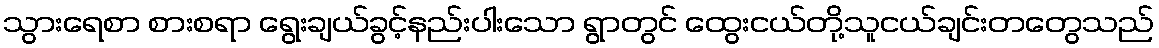
သွားရေစာ စားစရာ ရွေးချယ်ခွင့်နည်းပါးသော ရွာတွင် ထွေးငယ်တို့သူငယ်ချင်းတတွေသည်